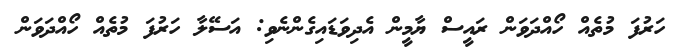
ހަރުފަ މުތެއް ހޯއްދަވަން ރައީސް ޔާމީން އެދިވަޑައިގެންނެވި: އަސޭލާ ހަރުފަ މުތެއް ހޯއްދަވަން